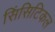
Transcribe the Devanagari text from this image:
सिंसिटिकल